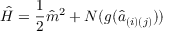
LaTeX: { \hat { H } } = { \frac { 1 } { 2 } } { \hat { m } } ^ { 2 } + N ( g ( { \hat { a } } _ { ( i ) ( j ) } ) )